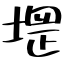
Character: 堽